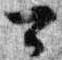
可